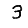
Digit: 3